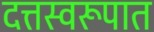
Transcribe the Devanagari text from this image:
दत्तस्वरूपात